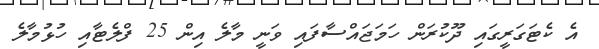
އެ ކެޓަގަރީގައި ދޫކުރަން ހަމަޖައްސާފައި ވަނީ މާލެ އިން 25 ފްލެޓާއި ހުޅުމާލެ